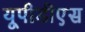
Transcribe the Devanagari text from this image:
यूपीडीएस